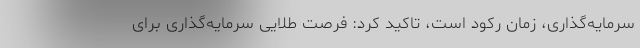
سرمایه‌گذاری، زمان رکود است، تاکید کرد: فرصت طلایی سرمایه‌گذاری برای